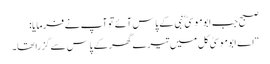
صبح جب ابوموسیٰ ؓ نبی کے پاس آئے تو آپ نے فرمایا:
“اے ابوموسیٰ کل میں تیرے گھر کے پاس سے گزرا تھا۔